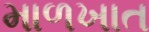
માળખાત